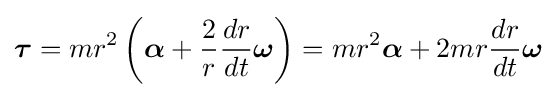
{\boldsymbol {\tau }}=mr^{2}\left({\boldsymbol {\alpha }}+{\frac {2}{r}}{\frac {dr}{dt}}{\boldsymbol {\omega }}\right)=mr^{2}{\boldsymbol {\alpha }}+2mr{\frac {dr}{dt}}{\boldsymbol {\omega }}